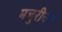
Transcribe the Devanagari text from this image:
मजुरीचा